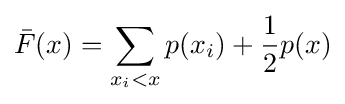
{\bar {F}}(x)=\sum _{x_{i}<x}p(x_{i})+{\frac {1}{2}}p(x)